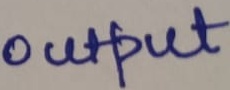
Text: output